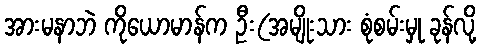
အားမနာဘဲ ကိုယောမာန်က ဦး(အမျိုးသား စုံစမ်းမှု ခုန်လို့